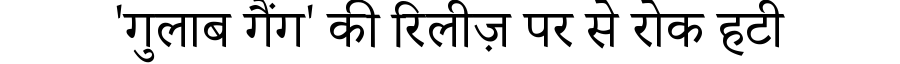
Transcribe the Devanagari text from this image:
'गुलाब गैंग' की रिलीज़ पर से रोक हटी